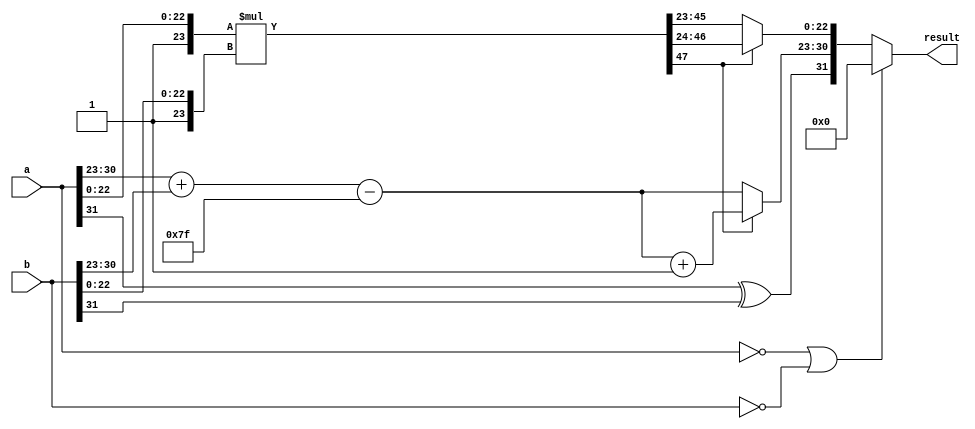
`timescale 1ps / 1ps

module fp_mult #(parameter N=32) (a, b, result);

    input [N-1:0]a;
    input [N-1:0]b;
    output reg [N-1:0] result;

    reg [23:0] a_mantis, b_mantis;
    reg [22:0] res_mantis;
    reg [47:0] temp_mantis;
    reg [7:0] a_exp, b_exp, temp_exp, res_exp;
    reg a_sign, b_sign, res_sign;
    always@(*)
    begin
        a_mantis = {1'b1,a[22:0]};
        a_exp = a[30:23];
        a_sign = a[31];
        
        b_mantis = {1'b1,b[22:0]};
        b_exp  = b[30:23];
        b_sign  = b[31];

        //exponent = sum of exponents - 127
        //mantissa = product of mantissas
        temp_exp = a_exp+b_exp - 127;
        temp_mantis = a_mantis*b_mantis;
        res_mantis = temp_mantis[47] ? temp_mantis[46:24] : temp_mantis[45:23];
        res_exp = temp_mantis[47] ? temp_exp+1'b1 : temp_exp;
        res_sign = a_sign^b_sign; 
        //if inputs are 0 output should be 0 too.(in normal case it doesn't give exactly 0.)
        result = (a == 32'b0 || b == 32'b0) ? 0 : {res_sign,res_exp,res_mantis};
    end
endmodule